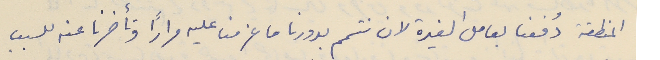
المنطقة دُفعنا بعامل الغيرة لان نتمم بدورنا ما عزمنا عليه مرارًا وتأخرنا عنه للسبب